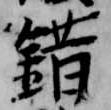
錯